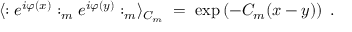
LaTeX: \langle : e ^ { i \varphi ( x ) } : _ { m } e ^ { i \varphi ( y ) } : _ { m } \rangle _ { C _ { m } } \; = \; \exp \left( - C _ { m } ( x - y ) \right) \; .